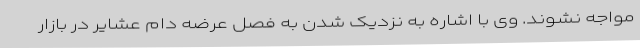
مواجه نشوند. وی با اشاره به نزدیک شدن به فصل عرضه دام عشایر در بازار